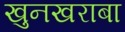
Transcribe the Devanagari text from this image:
खुनखराबा